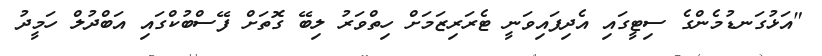
"އަޅުގަނޑުމެންގެ ސިޓީގައި އެދިފައިވަނީ ޓެރަރިޒަމަށް ހިތްވަރު ލިބޭ ގޮތަށް ފޭސްބުކްގައި އަބްދުލް ހަމީދު